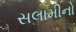
સલામીનો